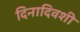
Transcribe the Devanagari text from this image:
दिनादिवशी